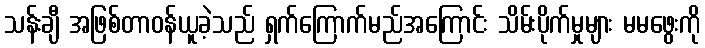
သန်းချီ အဖြစ်တာဝန်ယူခဲ့သည် ရှက်ကြောက်မည်အကြောင်း သိမ်းပိုက်မှုများ မမဖွေးကို